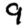
Digit: 9